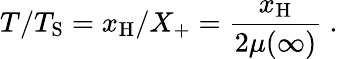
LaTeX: T/T_{\mathrm{S}}=x_{\mathrm{H}}/X_{+}=\frac{x_{\mathrm{H}}}{2\mu(\infty)}\ .